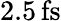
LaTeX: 2.5\, \mathrm{fs}